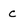
Character: c